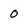
Character: 0